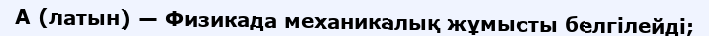
A (латын) — Физикада механикалық жұмысты белгілейді;